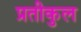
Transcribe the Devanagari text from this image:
प्रतीकुल